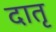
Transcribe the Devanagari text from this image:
दातृ